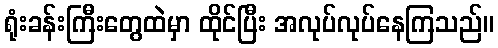
ရုံးခန်းကြီးတွေထဲမှာ ထိုင်ပြီး အလုပ်လုပ်နေကြသည်။